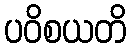
ပဝိစယတိ